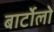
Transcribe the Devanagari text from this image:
बार्टोलो